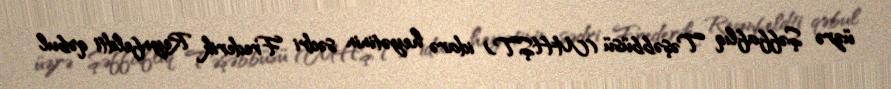
üzrə Şəffaflıq Təşəbbüsü (MHŞT) idarə heyətinin sədri Frederik Reynfeldti qəbul